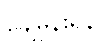
ချေမှုန်းရန်